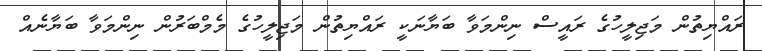
ރައްޔިތުން މަޖިލީހުގެ ރައީސް ނިންމަވާ ބަޔާނަކީ ރައްޔިތުން މަޖިލީހުގެ މެމްބަރުން ނިންމަވާ ބަޔާނެއް